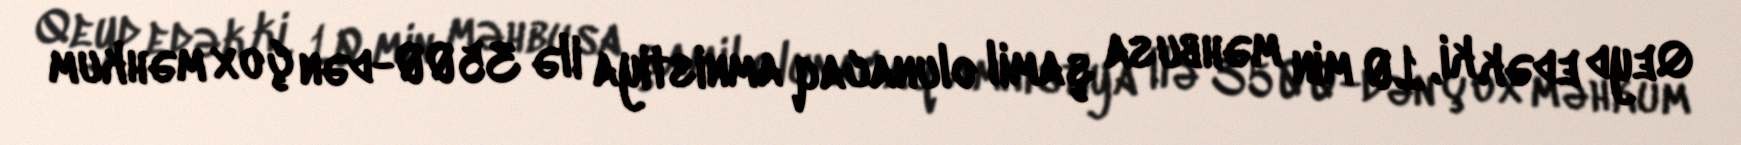
Qeyd edək ki, 10 min məhbusa şamil olunacaq amnistiya ilə 3500-dən çox məhkum